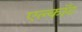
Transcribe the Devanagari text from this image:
एल्कॉट